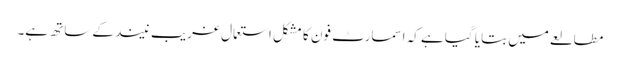
مطالعے میں بتایا گیا ہے کہ اسمارٹ فون کا مشکل استعمال غریب نیند کے ساتھ ہے۔